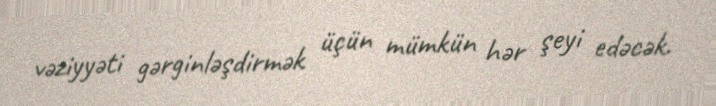
vəziyyəti gərginləşdirmək üçün mümkün hər şeyi edəcək.